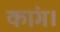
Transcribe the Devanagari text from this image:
कांग।